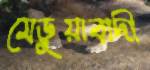
মেড়ুয়াবাদী